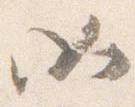
如